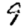
Digit: 9